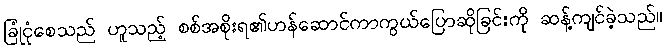
ခြုံငုံစေသည် ဟူသည့် စစ်အစိုးရ၏ဟန်ဆောင်ကာကွယ်ပြောဆိုခြင်းကို ဆန့်ကျင်ခဲ့သည်။